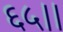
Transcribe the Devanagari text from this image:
६५।।